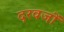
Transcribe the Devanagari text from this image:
दरवजों